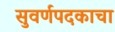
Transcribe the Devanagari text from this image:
सुवर्णपदकाचा